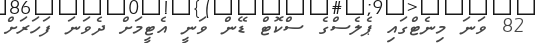
82 ވަނަ މިނެޓްގައި ޕެލެސްގެ ސްކޮޓް ޑޭން ވަނީ އެޓީމަށް ދެވަނަ ފަހަރަށް